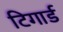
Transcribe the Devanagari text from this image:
टिगार्ड